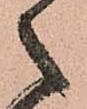
之